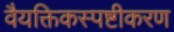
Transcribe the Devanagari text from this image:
वैयक्तिकस्पष्टीकरण